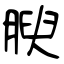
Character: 腴